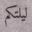
ليلتكم